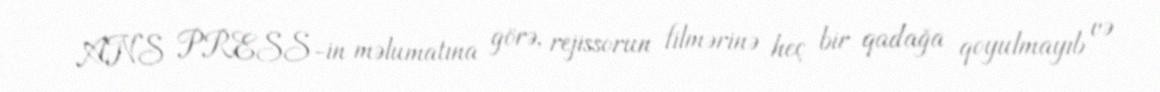
ANS PRESS-in məlumatına görə, rejissorun filmərinə heç bir qadağa qoyulmayıb və